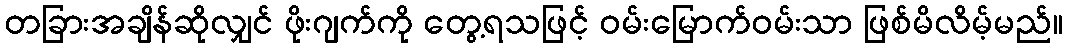
တခြားအချိန်ဆိုလျှင် ဖိုးဂျက်ကို တွေ့ရသဖြင့် ဝမ်းမြောက်ဝမ်းသာ ဖြစ်မိလိမ့်မည်။